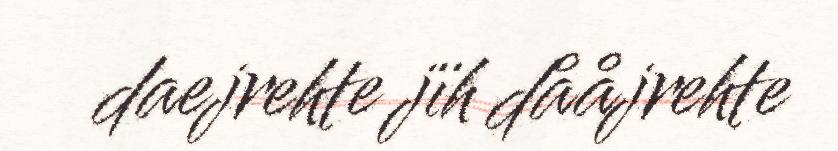
daejrehte jïh dååjrehte